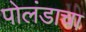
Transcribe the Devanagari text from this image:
पोलंडाचा